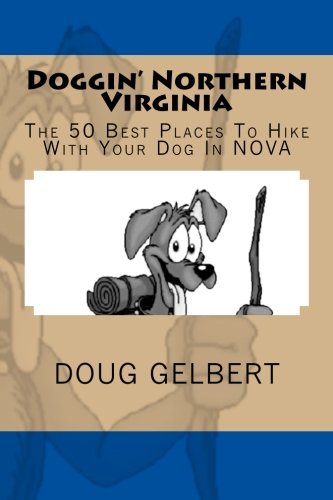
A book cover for Doggin' Northern Virginia: The 50 Best Places To Hike With Your Dog In NOVA; Doug Gelbert; Travel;